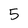
Character: 5